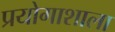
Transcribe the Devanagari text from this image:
प्रयोगाशाला